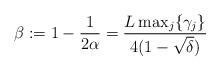
LaTeX: \begin{align*}\beta := 1 - \frac{1}{2\alpha} = \frac{L\max_j\{\gamma_j\}}{4(1-\sqrt{\delta})}\end{align*}